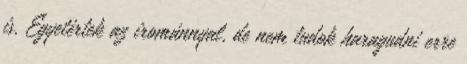
is. Egyetértek az irománnyal, de nem tudok haragudni erre